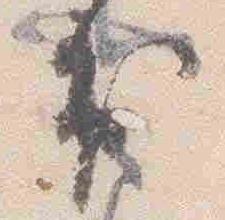
出